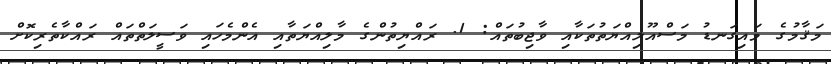
މަޤާމުގެ މައިގަނޑު މަސްއޫލިއްޔަތުތަކާއި ވާޖިބުތައް: 1. ރައްޔިތުންގެ މާލިއްޔަތާއި އެންމެހައި ވަސީލަތްތައް ރައްކާތެރިކޮށް